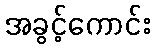
အခွင့်ကောင်း